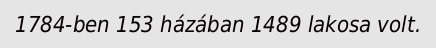
1784-ben 153 házában 1489 lakosa volt.